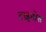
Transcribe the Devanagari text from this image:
टाइनोस